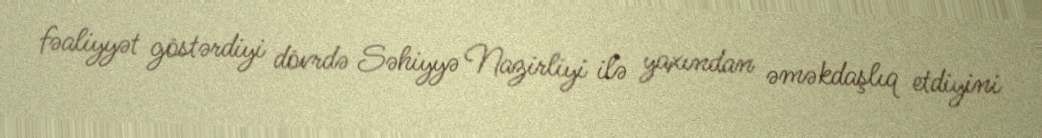
fəaliyyət göstərdiyi dövrdə Səhiyyə Nazirliyi ilə yaxından əməkdaşlıq etdiyini